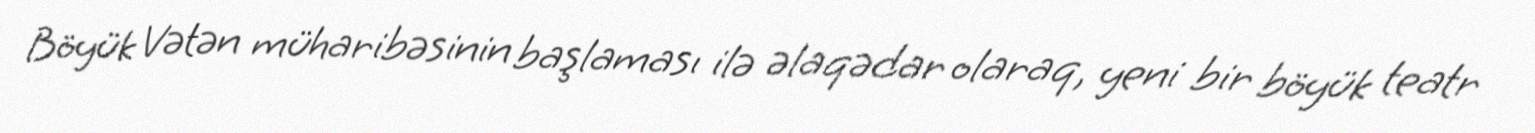
Böyük Vətən müharibəsinin başlaması ilə əlaqədar olaraq, yeni bir böyük teatr